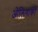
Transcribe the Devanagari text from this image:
ओलिगार्की